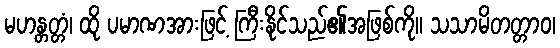
မဟန္တတ္တံ၊ ထို ပမာဏအားဖြင့် ကြီးနိုင်သည်၏အဖြစ်ကို။ သသာမိတတ္တာဝ၊